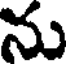
ను